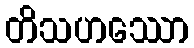
တိသဟဿော